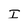
Character: I